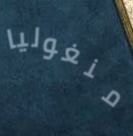
منغوليا